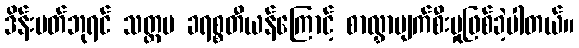
ဒိန်းမတ်ဘုရင် သတ္တမ ခရစ္စတီယန်ကြောင့် စာလွှာပျက်စီးမှုဖြစ်ခဲ့ပါတယ်။